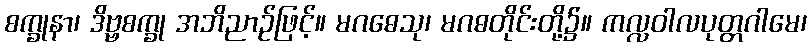
စက္ခုနာ၊ ဒိဗ္ဗစက္ခု အဘိညာဉ်ဖြင့်။ မဂဓေသု၊ မဂဓတိုင်းတို့၌။ ကလ္လဝါလပုတ္တဂါမေ၊